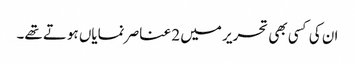
ان کی کسی بھی تحریر میں 2 عناصر نمایاں ہوتے تھے۔